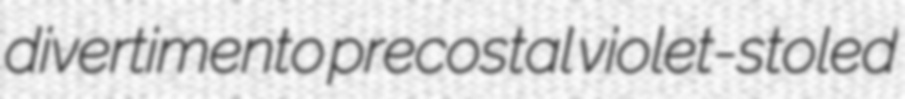
divertimento precostal violet-stoled